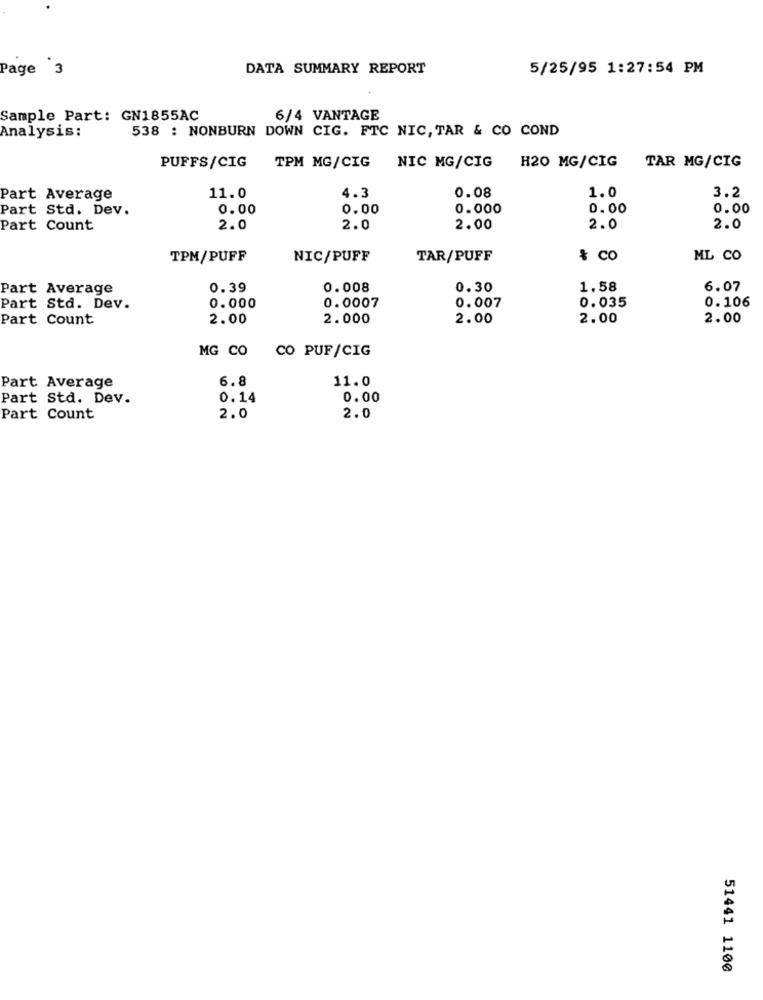
Page 3
DATA SUMMARY REPORT
5/25/95 1:27:54 PM
Sample Part: GN1855AC
6/4 VANTAGE
538 : NONBURN DOWN CIG. FTC NIC, TAR & CO COND
Analysis:
TPM MG/CIG
TAR MG/CIG
PUFFS/CIG
NIC MG/CIG H20 MG/CIG
4.3
1.0
Part Average
11.0
0.08
3.2
Part Std. Dev.
0.00
0.00
0.000
0.00
0.00
Part Count
2.0
2.0
2.00
2.0
2.0
TPM/PUFF
NIC/PUFF
TAR/PUFF
& CO
ML CO
Part Average
0.39
0.008
0.30
1.58
6.07
0.0007
0.035
0.106
Part Std. Dev.
0.000
0.007
Part Count
2.00
2.000
2.00
2.00
2.00
MG CO
CO PUF/CIG
6.8
11.0
Part Average
Part Std. Dev.
0.14
0.00
Part Count
2.0
2.0
51441 1100